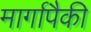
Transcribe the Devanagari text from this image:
मार्गापैकी